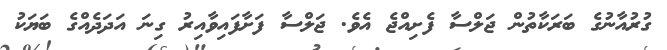
ގުރުއާނުގެ ބަރަކާތުން ޖަލްސާ ފެށިއްޖެ އެވެ. ޖަލްސާ ފަށާފައިވާއިރު ގިނަ އަދަދެއްގެ ބަޔަކު